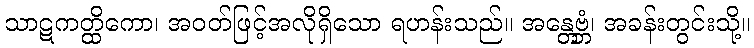
သာဋကတ္ထိကော၊ အဝတ်ဖြင့်အလိုရှိသော ရဟန်းသည်။ အန္တေဗ္ဘံ၊ အခန်းတွင်းသို့။